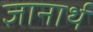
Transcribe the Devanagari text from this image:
ज्ञानार्थ